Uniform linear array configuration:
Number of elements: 24
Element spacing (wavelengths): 1
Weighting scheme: cosine
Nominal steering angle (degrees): -60
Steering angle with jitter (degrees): -59.834
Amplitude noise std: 0.05
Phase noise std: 0.05

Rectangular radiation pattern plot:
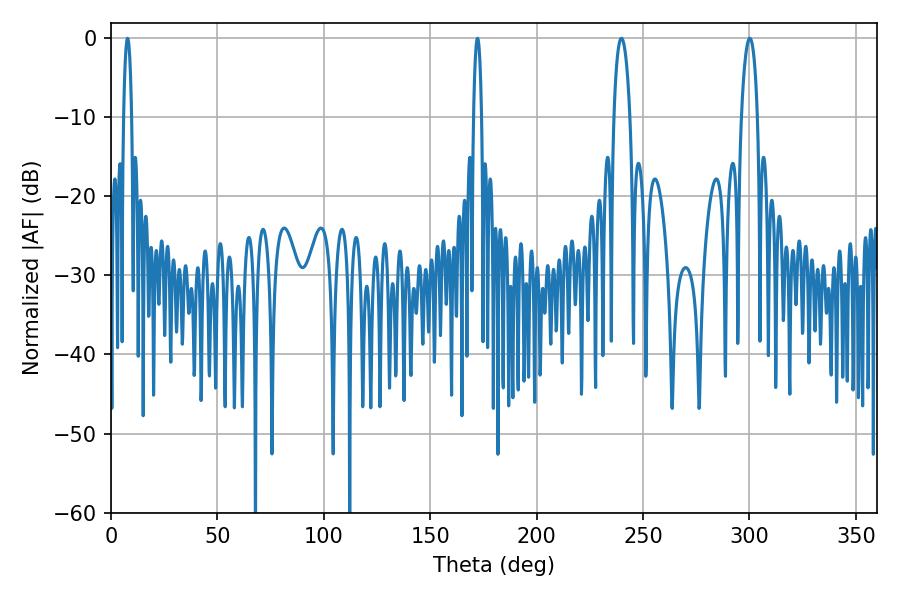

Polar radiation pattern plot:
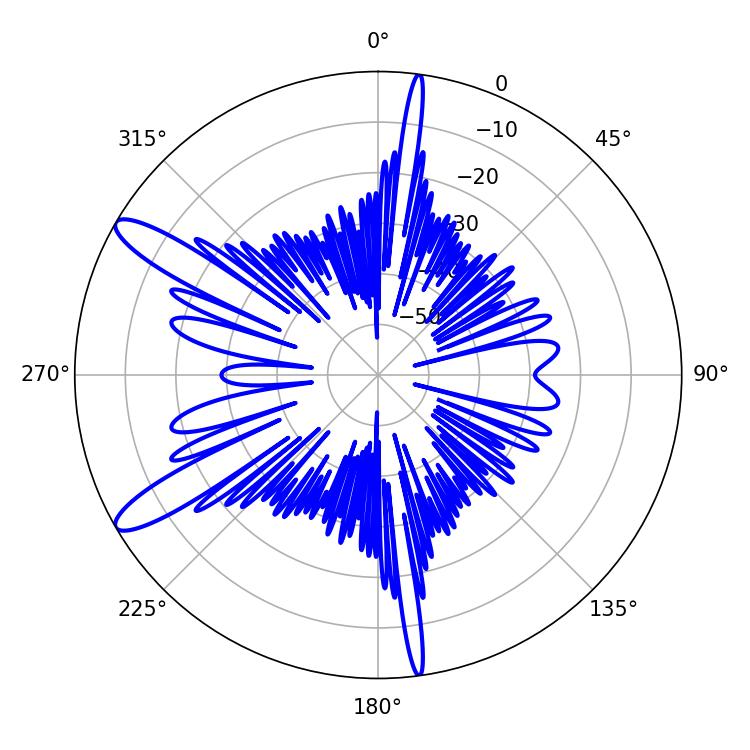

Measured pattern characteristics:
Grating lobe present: TRUE
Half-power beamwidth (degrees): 4.32
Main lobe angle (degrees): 300.24